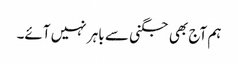
ہم آج بھی جگنی سے باہر نہیں آئے۔